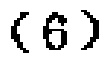
\((6)\)